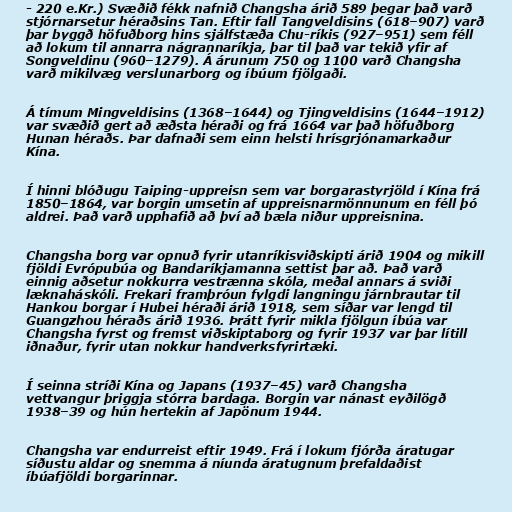
- 220 e.Kr.) Svæðið fékk nafnið Changsha árið 589 þegar það varð
stjórnarsetur héraðsins Tan. Eftir fall Tangveldisins (618–907) varð
þar byggð höfuðborg hins sjálfstæða Chu-ríkis (927–951) sem féll
að lokum til annarra nágrannaríkja, þar til það var tekið yfir af
Songveldinu (960–1279). Á árunum 750 og 1100 varð Changsha
varð mikilvæg verslunarborg og íbúum fjölgaði.

Á tímum Mingveldisins (1368–1644) og Tjingveldisins (1644–1912)
var svæðið gert að æðsta héraði og frá 1664 var það höfuðborg
Hunan héraðs. Þar dafnaði sem einn helsti hrísgrjónamarkaður
Kína.

Í hinni blóðugu Taiping-uppreisn sem var borgarastyrjöld í Kína frá
1850–1864, var borgin umsetin af uppreisnarmönnunum en féll þó
aldrei. Það varð upphafið að því að bæla niður uppreisnina.

Changsha borg var opnuð fyrir utanríkisviðskipti árið 1904 og mikill
fjöldi Evrópubúa og Bandaríkjamanna settist þar að. Það varð
einnig aðsetur nokkurra vestrænna skóla, meðal annars á sviði
læknaháskóli. Frekari framþróun fylgdi langningu járnbrautar til
Hankou borgar í Hubei héraði árið 1918, sem síðar var lengd til
Guangzhou héraðs árið 1936. Þrátt fyrir mikla fjölgun íbúa var
Changsha fyrst og fremst viðskiptaborg og fyrir 1937 var þar lítill
iðnaður, fyrir utan nokkur handverksfyrirtæki.

Í seinna stríði Kína og Japans (1937–45) varð Changsha
vettvangur þriggja stórra bardaga. Borgin var nánast eyðilögð
1938–39 og hún hertekin af Japönum 1944.

Changsha var endurreist eftir 1949. Frá í lokum fjórða áratugar
síðustu aldar og snemma á níunda áratugnum þrefaldaðist
íbúafjöldi borgarinnar.